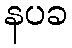
နပခ